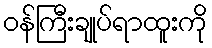
ဝန်ကြီးချုပ်ရာထူးကို